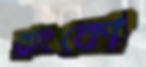
ব্রাংকো